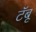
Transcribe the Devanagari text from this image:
टॅबू